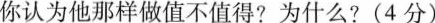
你认为他那样做值不值得?为什么?(4分)